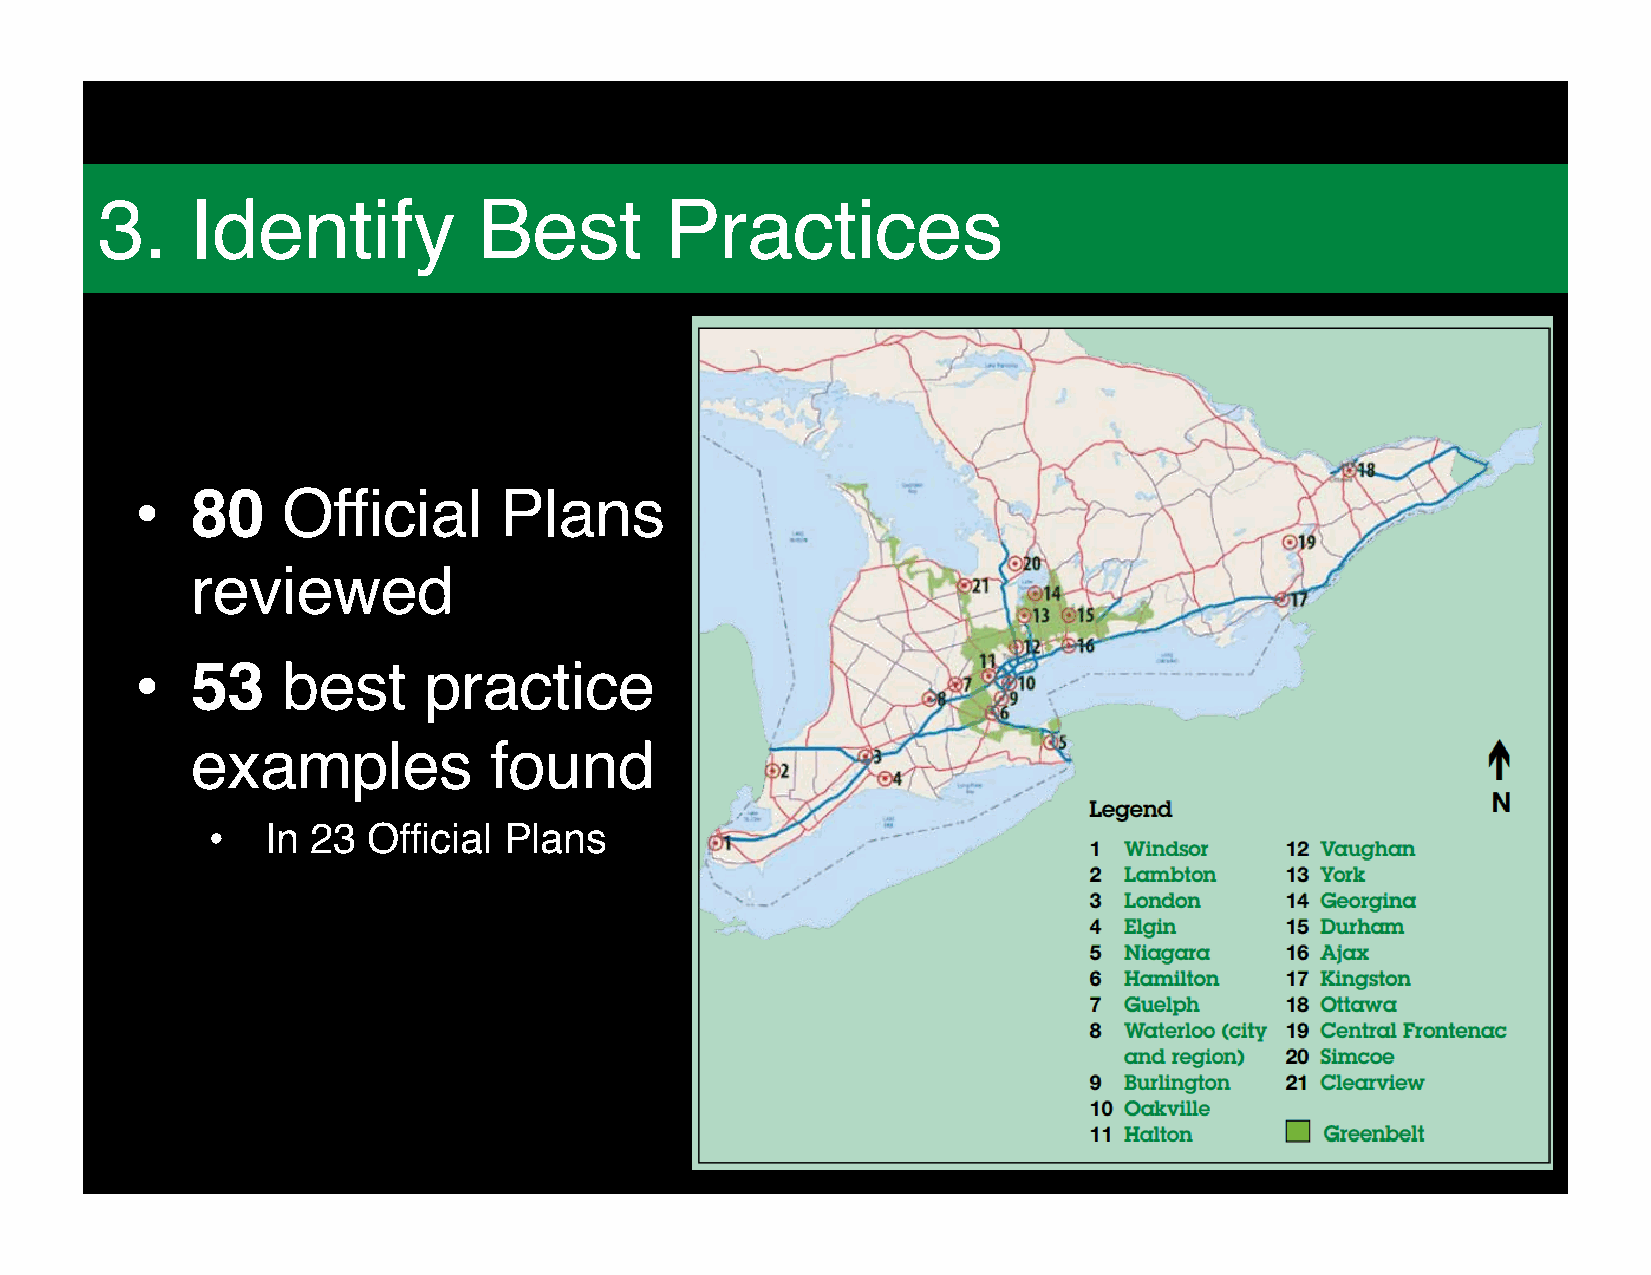
Who          is   Ontario             Nature?
 3.     Identify           Best        Practices
 •
 80    Official      Plans
 reviewed
 •
 53    best     practice
 examples           found
 •
 In 23 Official Plans